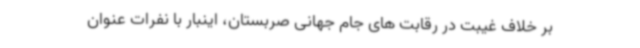
بر خلاف غیبت در رقابت های جام جهانی صربستان، اینبار با نفرات عنوان